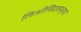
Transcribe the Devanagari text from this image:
लिओनिदासच्या